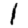
Digit: 1